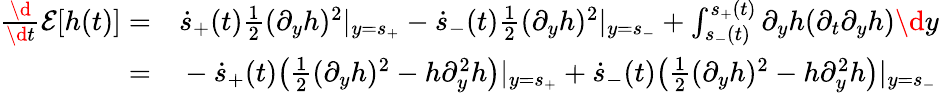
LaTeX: \begin{array}{rl}{\frac{\d}{\d t}\mathcal E[h(t)]=}&{{}\dot{s}_{+}(t)\frac 12(\partial_{y}h)^{2}|_{y=s_{+}}-\dot{s}_{-}(t)\frac 12(\partial_{y}h)^{2}|_{y=s_{-}}+\int_{s_{-}(t)}^{s_{+}(t)}\partial_{y}h(\partial_{t}\partial_{y}h)\d y}\\ {=}&{{}-\dot{s}_{+}(t)\big(\frac 12(\partial_{y}h)^{2}-h\partial_{y}^{2}h\big)|_{y=s_{+}}+\dot{s}_{-}(t)\big(\frac 12(\partial_{y}h)^{2}-h\partial_{y}^{2}h\big)|_{y=s_{-}}}\end{array}